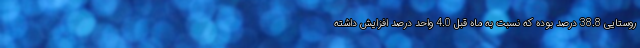
روستایی 38.8 درصد بوده که نسبت به ماه قبل 4.0 واحد درصد افزایش داشته